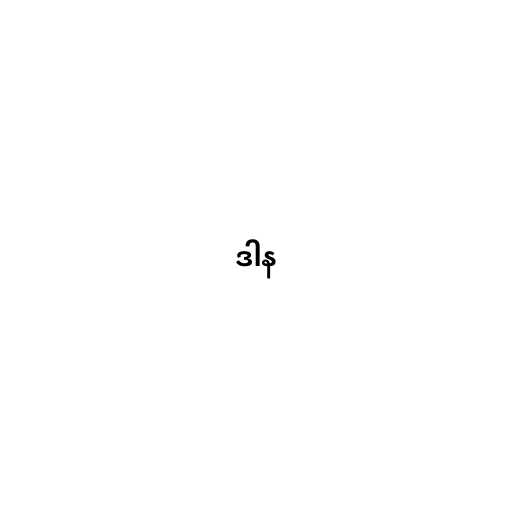
ဒါန